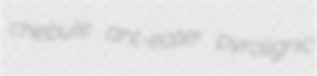
chebule ant-eater pyrolignic